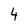
Character: 4